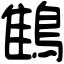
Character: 䳡